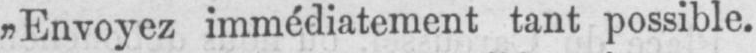
„Envoyez immédiatement tant possible.